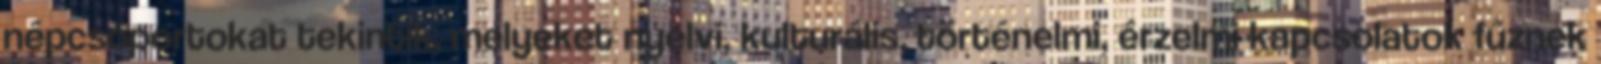
népcsoportokat tekintik, melyeket nyelvi, kulturális, történelmi, érzelmi kapcsolatok fűznek